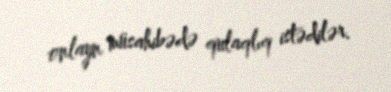
onlayn müsahibədə qulaqlıq istədilər.